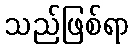
သည်ဖြစ်ရာ